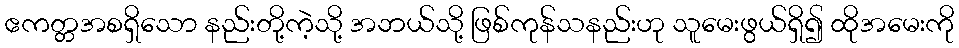
ဧကတ္တအစရှိသော နည်းတို့ကဲ့သို့ အဘယ်သို့ ဖြစ်ကုန်သနည်းဟု သူမေးဖွယ်ရှိ၍ ထိုအမေးကို